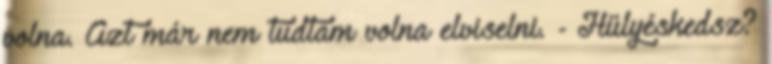
volna. Azt már nem tudtam volna elviselni. - Hülyéskedsz?